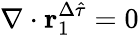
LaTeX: \nabla\cdot\mathbf{r}_{1}^{\Delta\hat{\tau}}=0